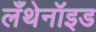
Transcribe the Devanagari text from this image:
लँथेनॉइड